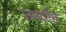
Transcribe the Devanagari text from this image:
उपवीत